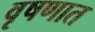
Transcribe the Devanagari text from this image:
वृषणात